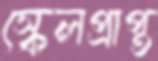
স্কেলপ্রাপ্ত